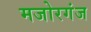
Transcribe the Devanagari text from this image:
मजोरगंज